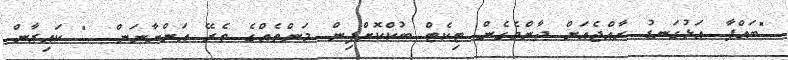
"ބައްޕާ. އަޅުގަނޑު ރާއްޖެއަށް ދާންވެގެން ޓިކެޓް ބުކްކޮށްފިން. މަންތެއްގެ ތެރޭ އަންނާނަން....." ކައިޒާން